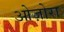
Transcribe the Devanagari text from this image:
ओज़ोरा